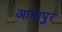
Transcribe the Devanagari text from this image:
आघापुर